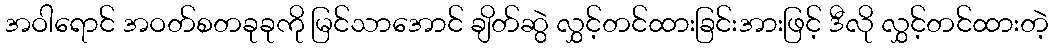
အဝါရောင် အဝတ်စတခုခုကို မြင်သာအောင် ချိတ်ဆွဲ လွှင့်တင်ထားခြင်းအားဖြင့် ဒီလို လွှင့်တင်ထားတဲ့